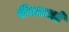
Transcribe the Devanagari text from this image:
रीक्कार्डो